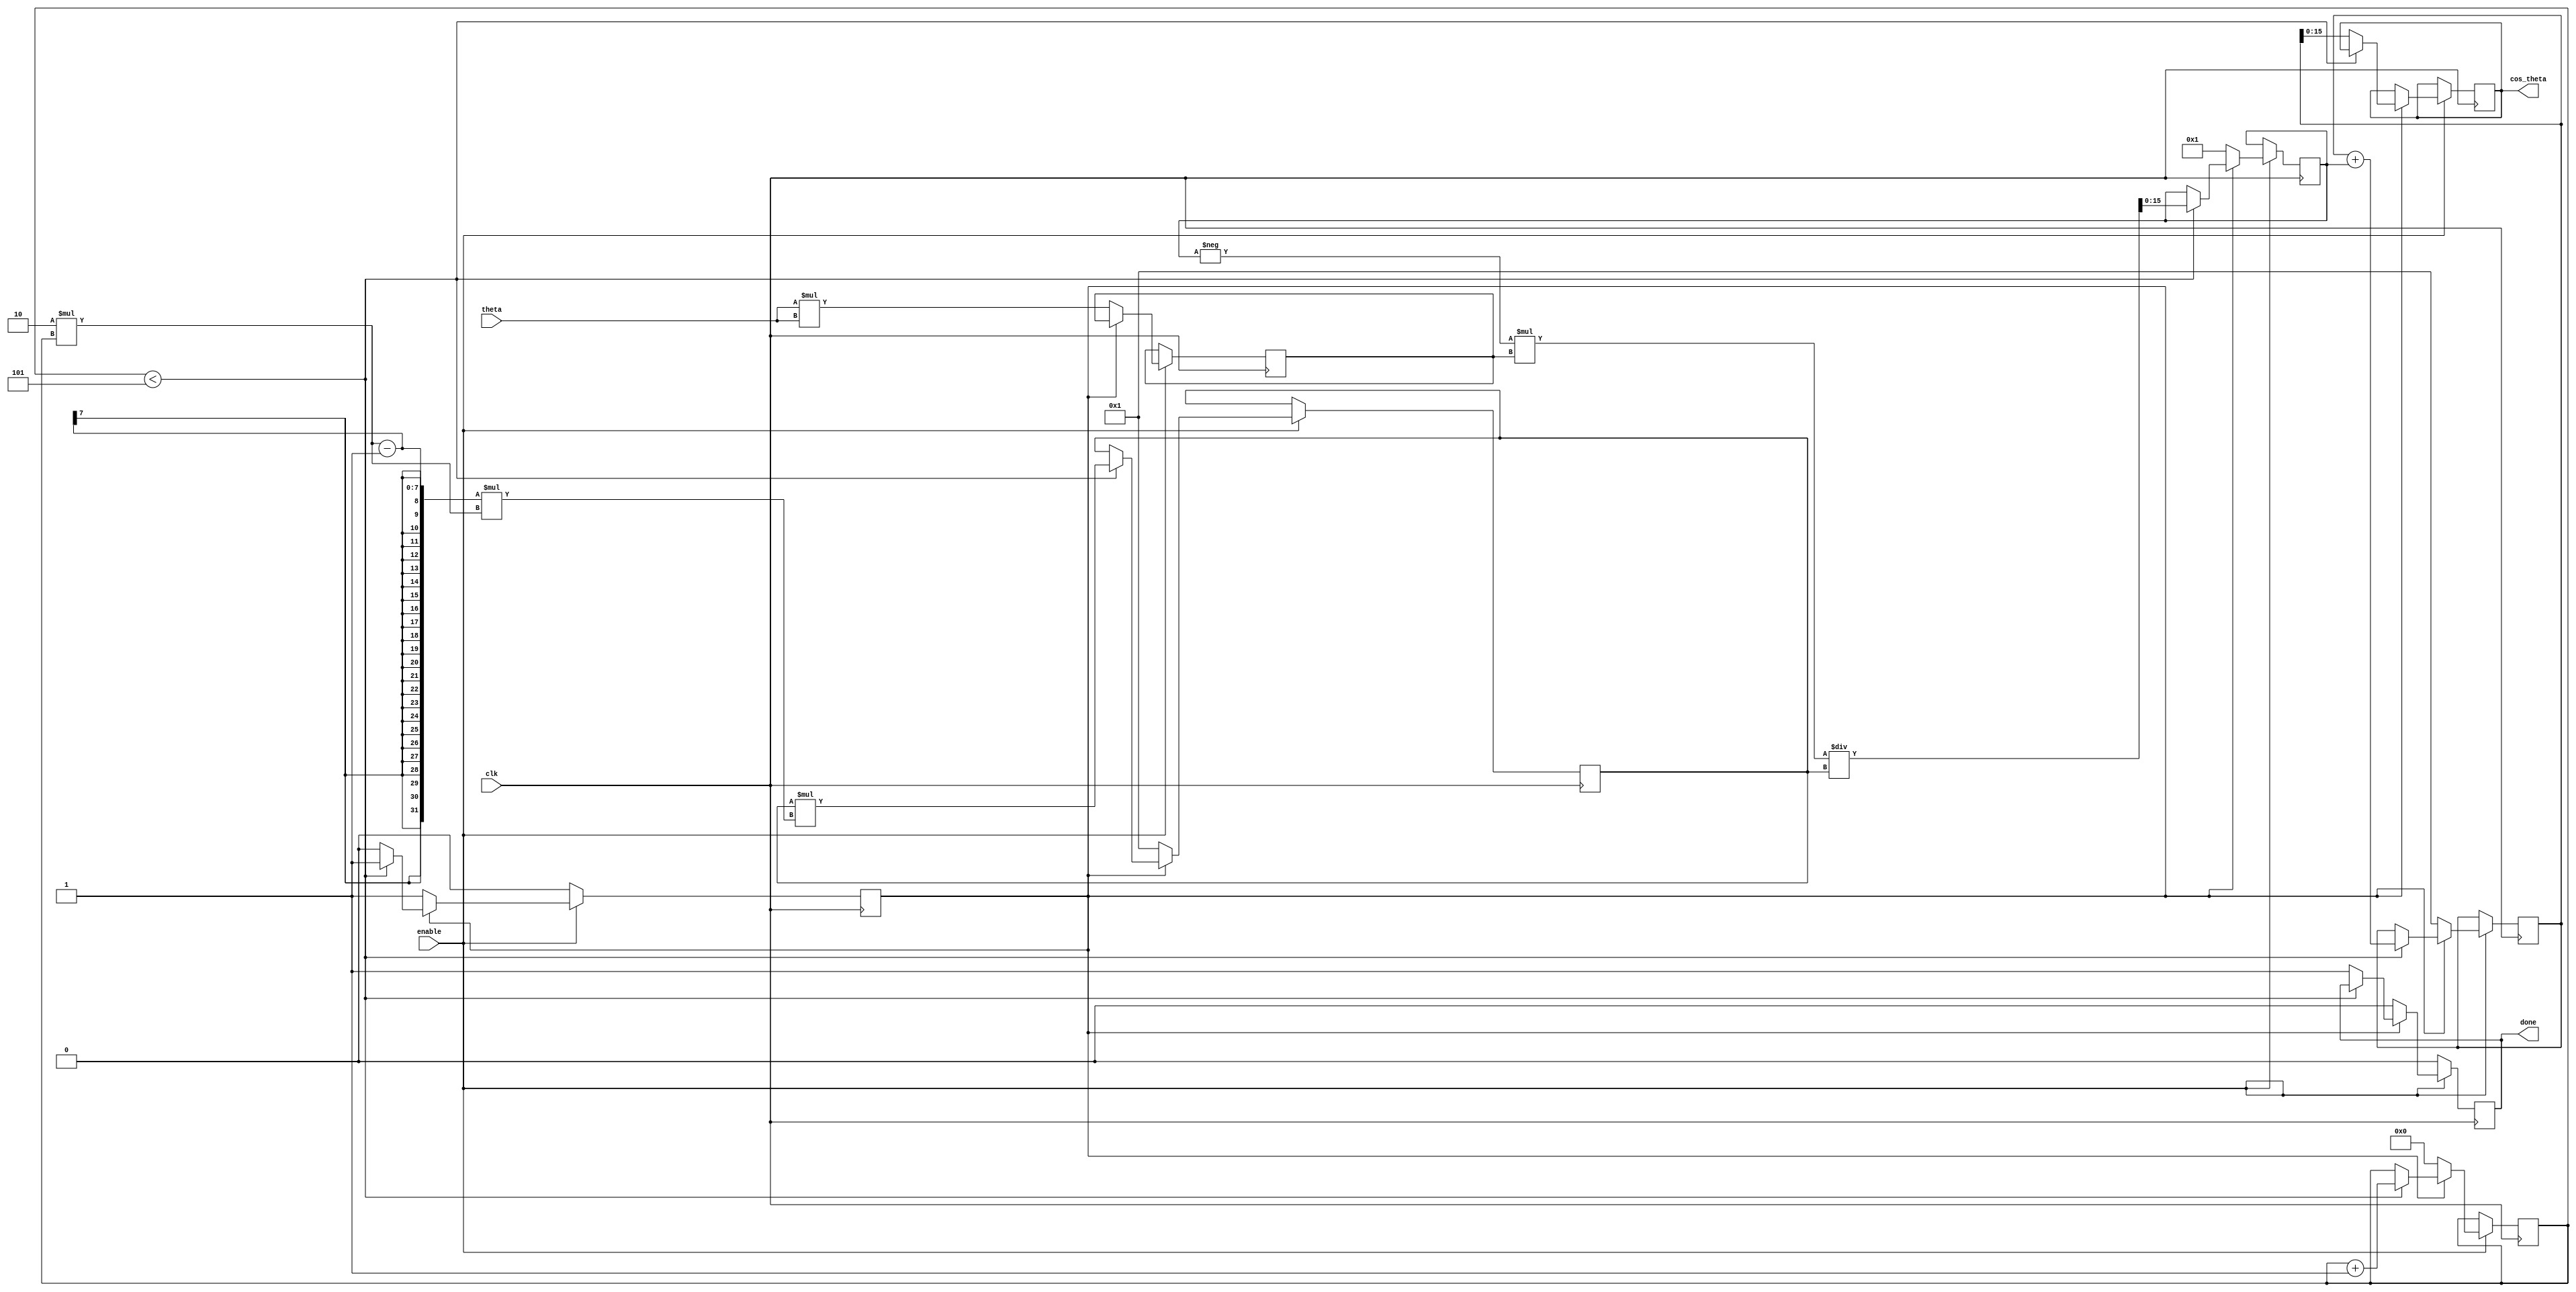
module cosine (
    input wire clk,
    input wire enable,
    input wire [15:0] theta, // Fixed point representation of angle in radians
    output reg [15:0] cos_theta, // Output cosine value, fixed point representation
    output reg done
);

    reg [15:0] term; // Current term in series
    reg [4:0] n; // Counter for number of terms
    reg signed [31:0] x_sq; // theta^2, using a larger width to avoid overflow
    reg signed [31:0] fact; // Factorial, larger width to avoid overflow
    reg [31:0] sum; // Cumulative sum of series
    reg state; // State variable to control computation

    initial begin
        cos_theta = 0;
        done = 0;
        n = 0;
        sum = 0;
        state = 0; // 0: Idle, 1: Computing
    end

    always @(posedge clk) begin
        if (enable) begin
            if(!state) begin
                // Initialization for computation
                sum <= 16'h0001; // cos(0) = 1
                term <= 16'h0001; // First term (theta^0/0!)
                x_sq <= theta * theta; // theta^2
                fact <= 32'h00000001; // 0! = 1
                n <= 0;
                state <= 1; // Start computing
                done <= 0;
            end else begin
                // Compute up to 5 terms
                if (n < 5) begin
                    n <= n + 1;
                    
                    // Adjust factorial and term for next term
                    fact <= fact * ((2*n-1) * (2*n)); // Update factorial for (2n)!
                    term <= -term * x_sq / fact; // Update term (-1^n * theta^(2n)/(2n)!)

                    // Add term to sum
                    sum <= sum + term;
                end else begin
                    cos_theta <= sum[15:0]; // Output computed cosine value
                    done <= 1; // Indicate done
                    state <= 0; // Go back to idle state
                end
            end
        end else begin
            // Reset state when not enabled
            state <= 0;
            done <= 0;
        end
    end
endmodule